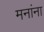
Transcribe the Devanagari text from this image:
मनांना